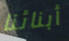
أبنائنا